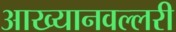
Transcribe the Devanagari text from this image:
आख्यानवल्लरी